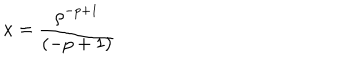
LaTeX: x = { \frac { \rho ^ { - p + 1 } } { ( - p + 1 ) } }